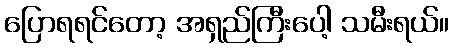
ပြောရရင်တော့ အရှည်ကြီးပေါ့ သမီးရယ်။